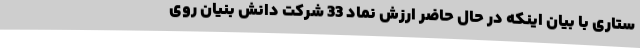
ستاری با بیان اینکه در حال حاضر ارزش نماد 33 شرکت دانش بنیان روی